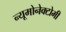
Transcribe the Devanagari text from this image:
न्यूमोनेक्टोमी